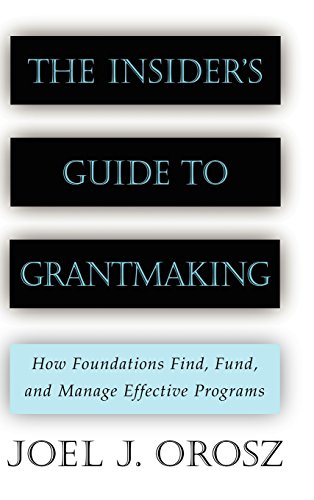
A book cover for The Insider's Guide to Grantmaking; Joel J. Orosz; Business & Money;